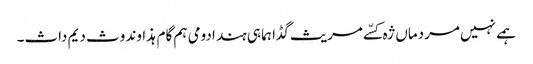
ہمے نہیں مردماں ژہ کسّے مریث گڈا ہما ہی ہند ادومی ہم گام ہذاوند وث دیم داث۔